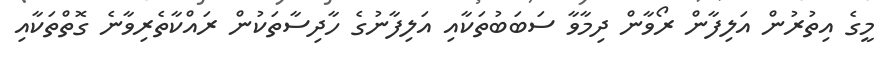
މީގެ އިތުރުން އަލިފާން ރޯވާން ދިމާވާ ސަބަބުތަކާއި އަލިފާނުގެ ހާދިސާތަކުން ރައްކާތެރިވާނެ ގޮތްތަކާއި